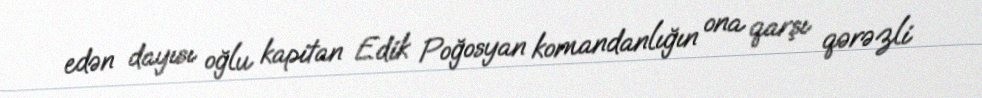
edən dayısı oğlu kapitan Edik Poğosyan komandanlığın ona qarşı qərəzli